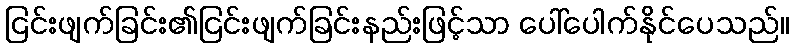
ငြင်းဖျက်ခြင်း၏ငြင်းဖျက်ခြင်းနည်းဖြင့်သာ ပေါ်ပေါက်နိုင်ပေသည်။